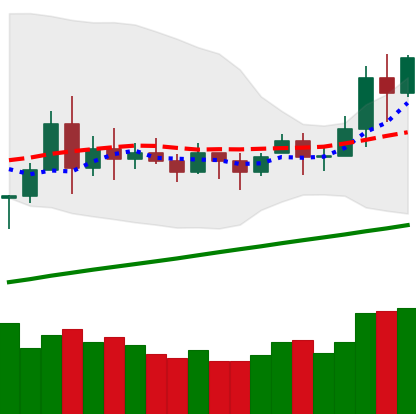
Ticker: BNB-USD
Chart end date: 2020-11-23
Forward return: -5.882%
Label: down_5_7